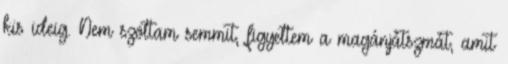
kis ideig. Nem szóltam semmit, figyeltem a magánjátszmát, amit